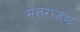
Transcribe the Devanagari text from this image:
मत्तराजश्च